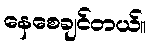
နေစေချင်တယ်။